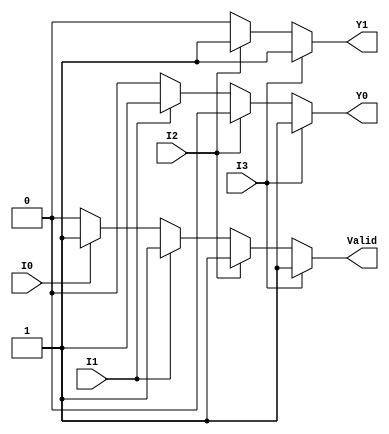
module priority_encoder (
    input wire I0,  // Input 0 (lowest priority)
    input wire I1,  // Input 1
    input wire I2,  // Input 2
    input wire I3,  // Input 3 (highest priority)
    output reg Y1,  // Most significant bit of the output
    output reg Y0,  // Least significant bit of the output
    output reg Valid // Indicates if any input is active
);

always @(*) begin
    // Default values
    Y1 = 1'b0;
    Y0 = 1'b0;
    Valid = 1'b0;

    // Priority encoding logic
    if (I3) begin
        Y1 = 1'b1;
        Y0 = 1'b1;
        Valid = 1'b1;
    end else if (I2) begin
        Y1 = 1'b1;
        Y0 = 1'b0;
        Valid = 1'b1;
    end else if (I1) begin
        Y1 = 1'b0;
        Y0 = 1'b1;
        Valid = 1'b1;
    end else if (I0) begin
        Y1 = 1'b0;
        Y0 = 1'b0;
        Valid = 1'b1;
    end else begin
        // If none of the inputs are active, Valid remains 0
        Valid = 1'b0;
    end
end

endmodule